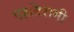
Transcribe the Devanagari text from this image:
एहतिरामी